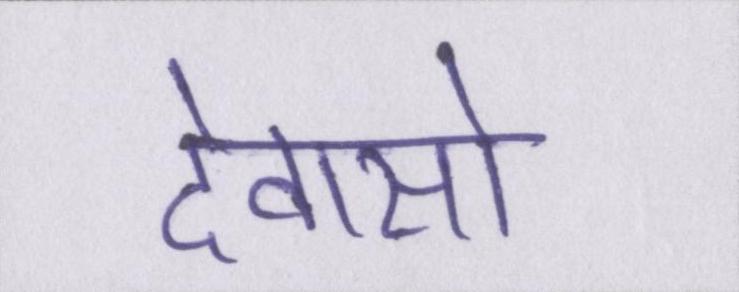
देवासो